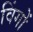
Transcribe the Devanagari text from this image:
विंगों